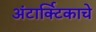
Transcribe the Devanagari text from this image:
अंटार्क्टिकाचे